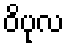
ဝိပုလ